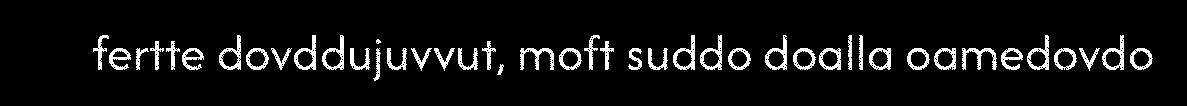
fertte dovddujuvvut, moft suddo doalla oamedovdo